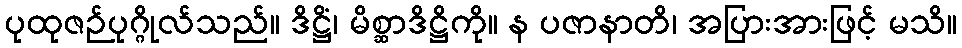
ပုထုဇဉ်ပုဂ္ဂိုလ်သည်။ ဒိဋ္ဌိံ၊ မိစ္ဆာဒိဋ္ဌိကို။ န ပဇာနာတိ၊ အပြားအားဖြင့် မသိ။